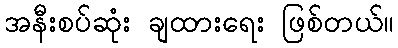
အနီးစပ်ဆုံး ချထားရေး ဖြစ်တယ်။